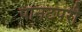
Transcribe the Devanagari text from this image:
पानटपरी